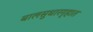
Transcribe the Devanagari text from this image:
बालसुधारगृहात